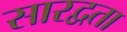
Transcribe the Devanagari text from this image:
सारद्वता